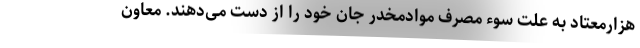
هزارمعتاد به علت سوء مصرف موادمخدر جان خود را از دست می‌دهند. معاون